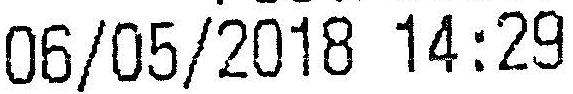
06/05/2018 14:29